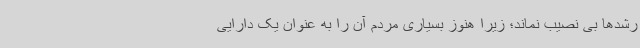
رشدها بی نصیب نماند؛ زیرا هنوز بسیاری مردم آن را به عنوان یک دارایی